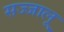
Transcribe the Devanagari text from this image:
सज्जालू